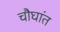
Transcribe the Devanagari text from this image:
चौघांत